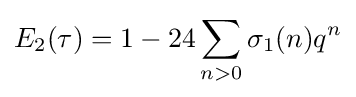
\displaystyle E_{2}(\tau )=1-24\sum _{n>0}\sigma _{1}(n)q^{n}